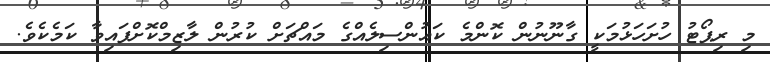
މި ރިޕޯޓު ހުށަހަޅުމަކީ ގާނޫނުން ކޮންމެ ކައުންސިލެއްގެ މައްޗަށް ކުރުން ލާޒިމްކޮށްފައިވާ ކަމެކެވެ.